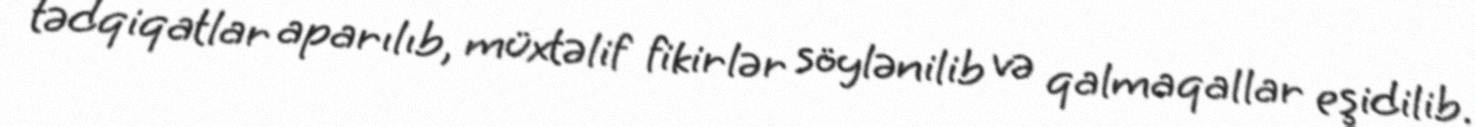
tədqiqatlar aparılıb, müxtəlif fikirlər söylənilib və qalmaqallar eşidilib.